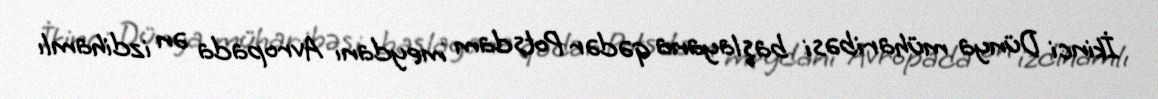
İkinci Dünya müharibəsi başlayana qədər Potsdam meydanı Avropada ən izdihamlı